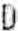
D